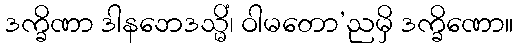
ဒက္ခိဏာ ဒါနဘေဒသ္မိံ၊ ဝါမတော’ညမှိ ဒက္ခိဏော။